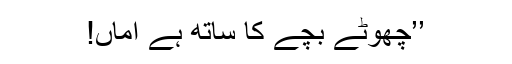
’’چھوٹے بچے کا ساتھ ہے اماں!